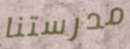
مدرستنا